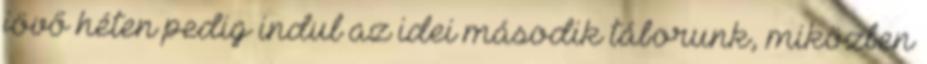
jövő héten pedig indul az idei második táborunk, miközben